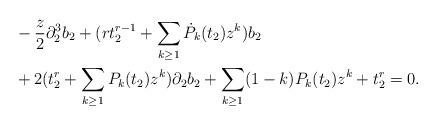
LaTeX: \begin{align*} &-\frac{z}{2} \partial_{2}^{3} b_{2} + ( r t_{2}^{r-1} + \sum_{k\geq 1} \dot{P}_{k}(t_{2}) z^{k} ) b_{2}\\ &+ 2( t_{2}^{r} + \sum_{k\geq 1} P_{k}(t_{2}) z^{k}) \partial_{2} b_{2} + \sum_{k\geq 1}( 1- k) P_{k}(t_{2}) z^{k}+ t_{2}^{r} =0.\end{align*}